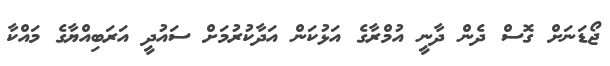
ޖޯޑަނަށް ގޮސް ދެން ދާނީ އުމްރާގެ އަޅުކަން އަދާކުރުމަށް ސައުދީ އަރަބިއްޔާގެ މައްކާ